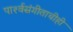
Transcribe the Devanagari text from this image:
पार्श्‍वसंगीताचीही